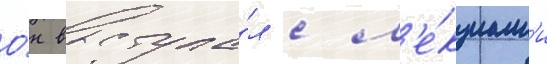
О́н выступа́л с л'е́кциам'и